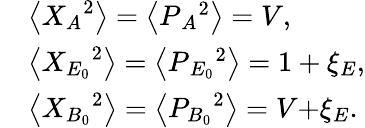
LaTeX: \begin{array}{rl}&{\left\langle{X_{A}}^{2}\right\rangle=\left\langle P{{_{A}}^{2}}\right\rangle=V,}\\ &{\left\langle{{X_{E_{0}}}^{2}}\right\rangle=\left\langle P{{_{E_{0}}}^{2}}\right\rangle=1+{{\xi}_{E}},}\\ &{\left\langle{{X}_{B_{0}}}^{2}\right\rangle=\left\langle{{P}_{B_{0}}}^{2}\right\rangle=V\mathrm{+}{{\xi}_{E}}.}\end{array}